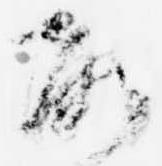
故